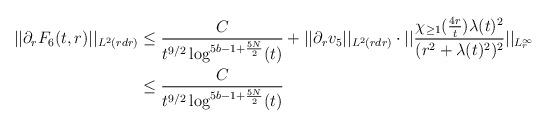
LaTeX: \begin{align*} ||\partial_{r}F_{6}(t,r)||_{L^{2}(r dr)} &\leq \frac{C}{t^{9/2} \log^{5b-1+\frac{5N}{2}}(t)} + ||\partial_{r}v_{5}||_{L^{2}(r dr)}\cdot ||\frac{\chi_{\geq 1}(\frac{4r}{t}) \lambda(t)^{2}}{(r^{2}+\lambda(t)^{2})^{2}}||_{L^{\infty}_{r}}\\&\leq \frac{C}{t^{9/2} \log^{5b-1+\frac{5N}{2}}(t)}\end{align*}